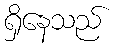
ရှိနေသည်